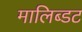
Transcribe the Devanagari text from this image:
मालिब्डट